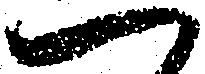
へ